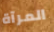
المرآة